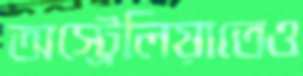
অস্ট্রেলিয়াতেও